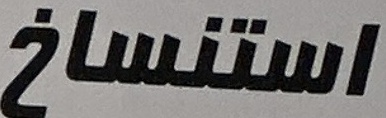
استنساخ